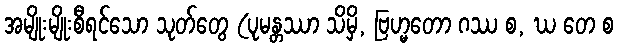
အမျိုးမျိုးစီရင်သော သုတ်တွေ (ပုမန္တဿာ သိမှိ, ဗြဟ္မတော ဂဿ စ, ဃ တေ စ